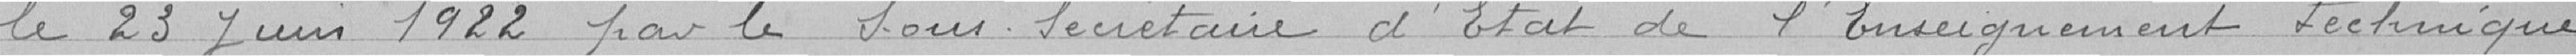
le 23 juin 1922 par le sous-secrétaire d'État de l'Enseignement technique